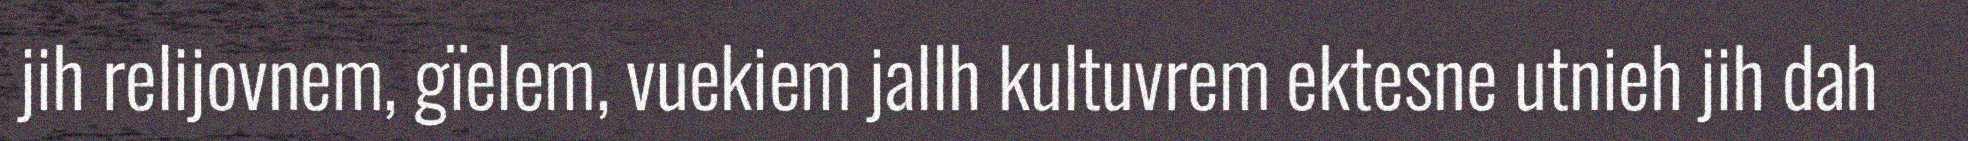
jih relijovnem, gïelem, vuekiem jallh kultuvrem ektesne utnieh jih dah